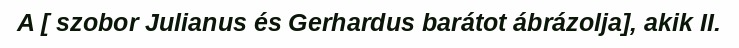
A [ szobor Julianus és Gerhardus barátot ábrázolja], akik II.